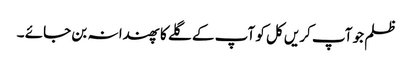
ظلم جو آپ کریں کل کو آپ کے گلے کا پھندا نہ بن جائے ۔